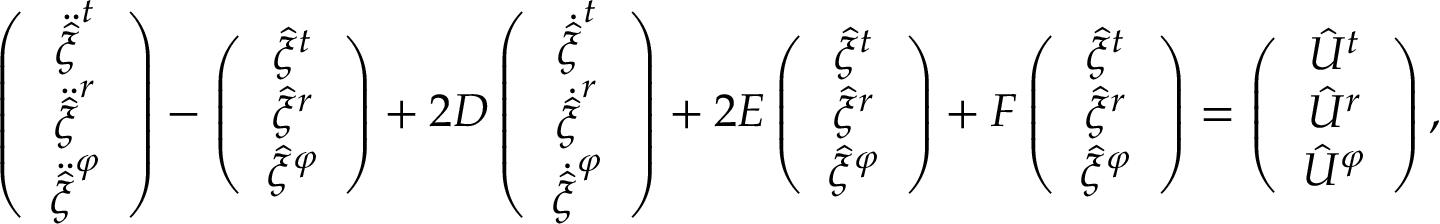
\left( \begin{array} { c } { { \ddot { \hat { \xi } } ^ { t } } } \\ { { \ddot { \hat { \xi } } ^ { r } } } \\ { { \ddot { \hat { \xi } } ^ { \varphi } } } \end{array} \right) - \left( \begin{array} { c } { { \hat { \xi } ^ { t } } } \\ { { \hat { \xi } ^ { r } } } \\ { { \hat { \xi } ^ { \varphi } } } \end{array} \right) + 2 { \cal D } \left( \begin{array} { c } { { \dot { \hat { \xi } } ^ { t } } } \\ { { \dot { \hat { \xi } } ^ { r } } } \\ { { \dot { \hat { \xi } } ^ { \varphi } } } \end{array} \right) + 2 { \cal E } \left( \begin{array} { c } { { \hat { \xi } ^ { t } } } \\ { { \hat { \xi } ^ { r } } } \\ { { \hat { \xi } ^ { \varphi } } } \end{array} \right) + { \cal F } \left( \begin{array} { c } { { { \hat { \xi } } ^ { t } } } \\ { { { \hat { \xi } } ^ { r } } } \\ { { { \hat { \xi } } ^ { \varphi } } } \end{array} \right) = \left( \begin{array} { c } { { { \hat { U } } ^ { t } } } \\ { { { \hat { U } } ^ { r } } } \\ { { { \hat { U } } ^ { \varphi } } } \end{array} \right) ,